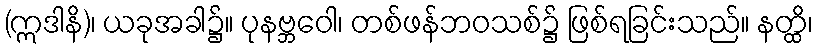
(ဣဒါနိ)၊ ယခုအခါ၌။ ပုနဗ္ဘဝေါ၊ တစ်ဖန်ဘဝသစ်၌ ဖြစ်ရခြင်းသည်။ နတ္ထိ၊